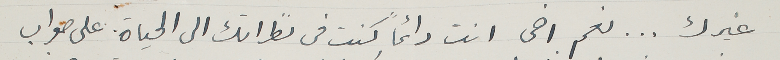
غيرك ... نعم اخى انت دائماً كنت فى نظراتك الى الحياة على صواب